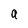
Character: a